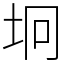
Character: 坰